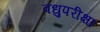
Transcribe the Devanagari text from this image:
वधुपरीक्षा